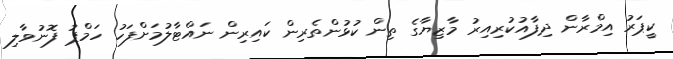
ކީޕަރު އިމްރާން ދިފާއުކުރިއިރު މާޒިޔާގެ ތިން ކުޅުންތެރިން ކައިރިން ނައްޓާލުމަށްފަހު ހަމްޕު ފޮނުވާލި